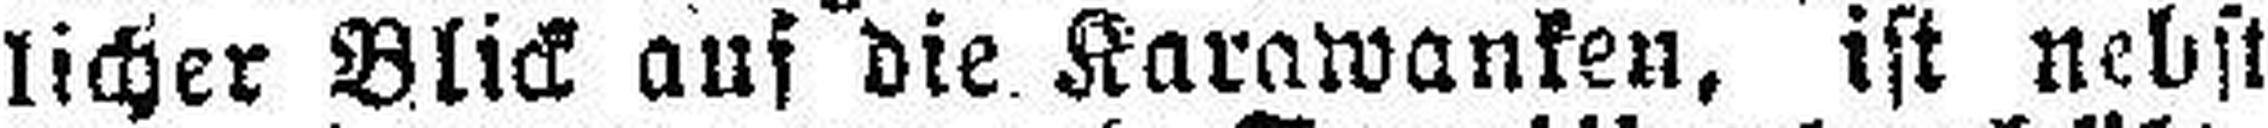
licher Blick auf die Karawanken, ist nebst